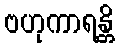
ဗဟုကာရန္တိ